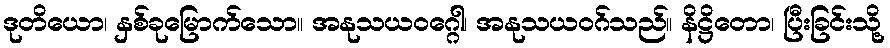
ဒုတိယော၊ နှစ်ခုမြောက်သော။ အနုသယဝဂ္ဂေါ၊ အနုသယဝဂ်သည်။ နိဋ္ဌိတော၊ ပြီးခြင်းသို့